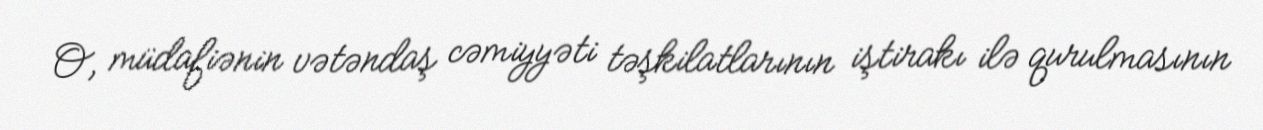
O, müdafiənin vətəndaş cəmiyyəti təşkilatlarının iştirakı ilə qurulmasının